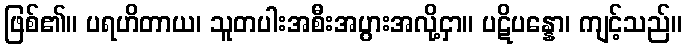
ဖြစ်၏။ ပရဟိတာယ၊ သူတပါးအစီးအပွားအလို့ငှာ။ ပဋိပန္နော၊ ကျင့်သည်။